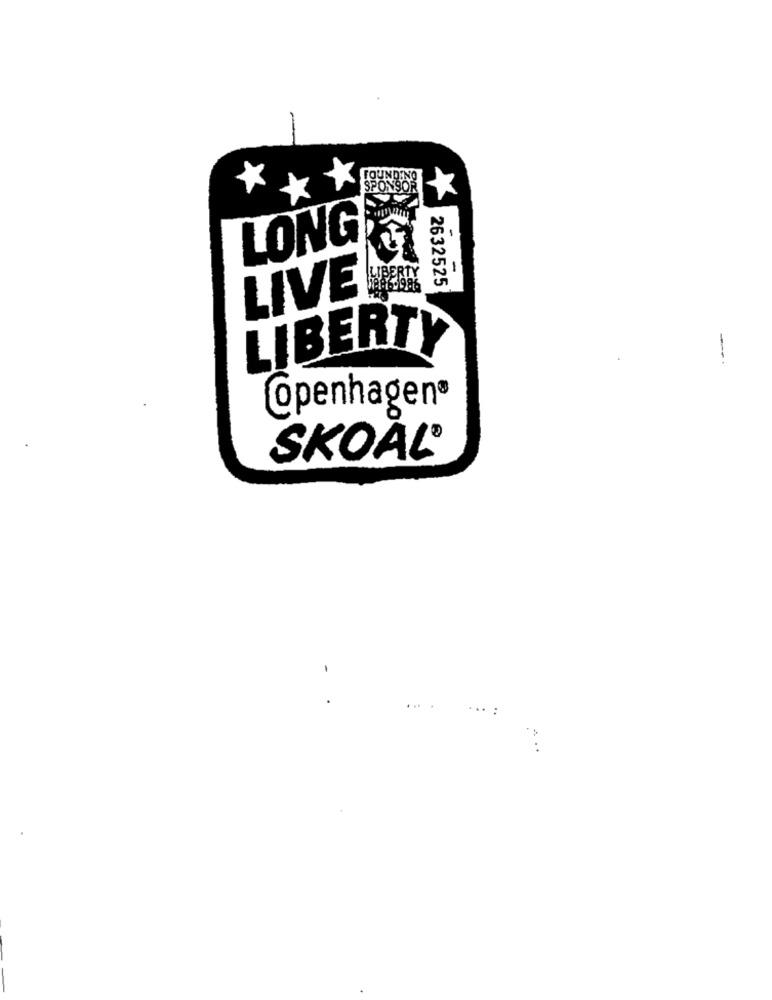
SPO
LONG
1
-
2632525
LIVE
LIBERTY
-
@penhagen®
SKOAL®
...